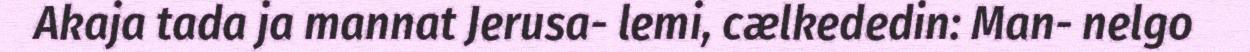
Akaja tada ja mannat Jerusa- lemi, cælkededin: Man- nelgo